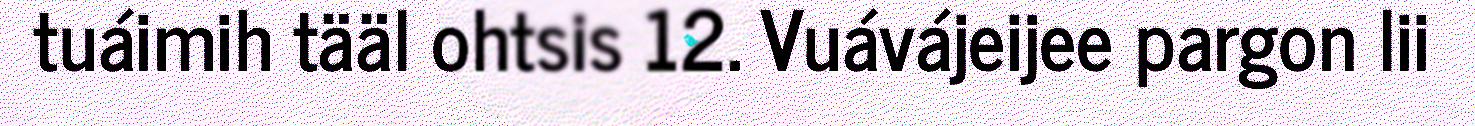
tuáimih tääl ohtsis 12. Vuávájeijee pargon lii